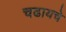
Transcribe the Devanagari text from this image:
चढायचे